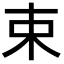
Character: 束